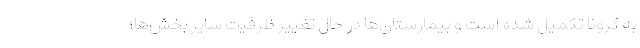
به کرونا تکمیل شده است و بیمارستان‌ها در حال تغییر ظرفیت سایر بخش‌ها؛